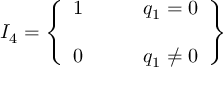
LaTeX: { \cal I } _ { 4 } = \left\{ \begin{array} { c l } { { 1 } } & { { \qquad q _ { 1 } = 0 } } \\ { { } } & { { } } \\ { { 0 } } & { { \qquad q _ { 1 } \neq 0 } } \end{array} \right\}